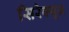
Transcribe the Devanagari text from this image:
सिरेक्यूज़